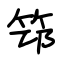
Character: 筇